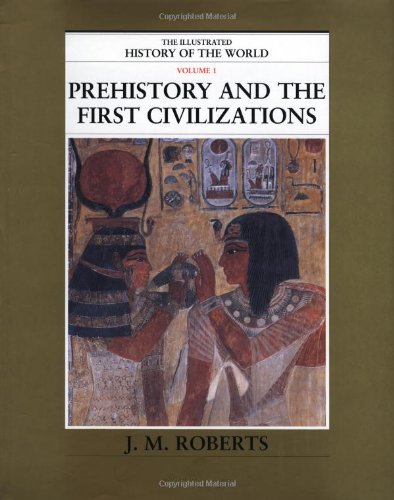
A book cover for Prehistory and the First Civilizations (The Illustrated History of the World, Volume 1); J. M. Roberts; Teen & Young Adult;